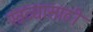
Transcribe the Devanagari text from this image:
खव्यासाठी